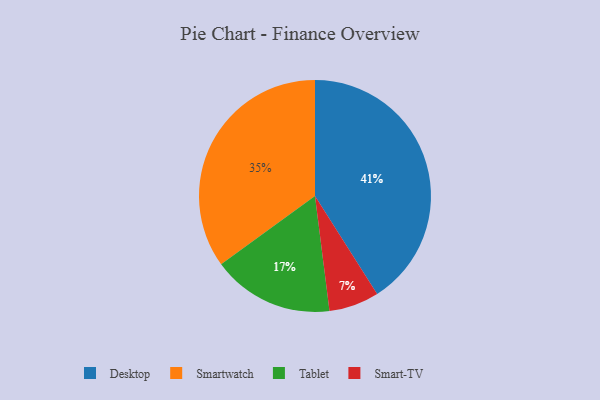
{"axis": {"x": "Category", "y": "Percentage"}, "legend": ["Desktop", "Smart-TV", "Smartwatch", "Tablet"], "data": [{"x": "Tablet", "y": 17, "type": "Tablet"}, {"x": "Desktop", "y": 41, "type": "Desktop"}, {"x": "Smartwatch", "y": 35, "type": "Smartwatch"}, {"x": "Smart-TV", "y": 7, "type": "Smart-TV"}]}